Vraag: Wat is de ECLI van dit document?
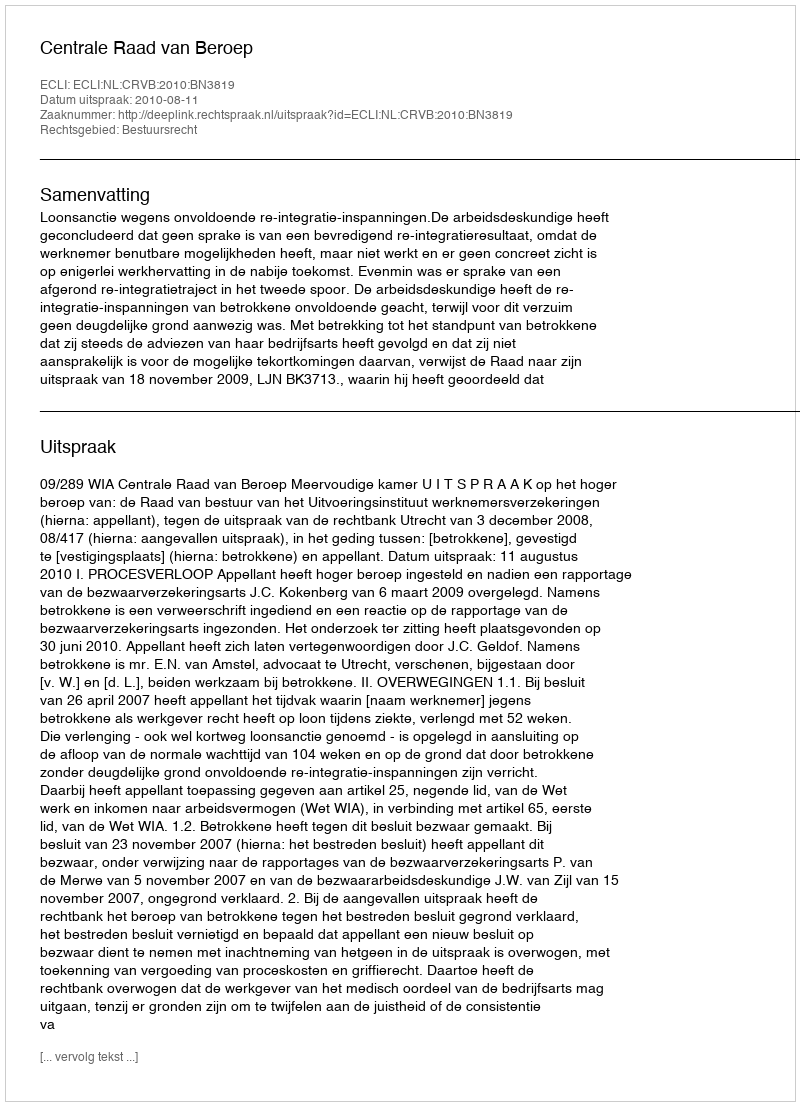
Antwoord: ECLI:NL:CRVB:2010:BN3819